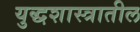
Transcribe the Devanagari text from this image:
युद्धशास्त्रातील